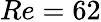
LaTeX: Re=62